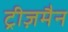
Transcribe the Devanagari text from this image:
ट्रीज़मैन